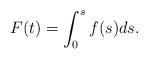
LaTeX: \begin{align*} F(t)= \int_{0}^{s}f(s)ds. \end{align*}